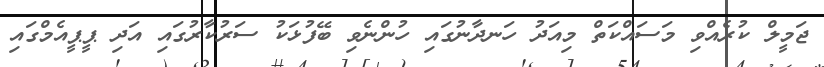
ޖަމީލް ކުރެއްވި މަސައްކަތް މިއަދު ހަނދާނުގައި ހުންނެވި ބޭފުޅަކު ސަރުކާރުގައި އަދި ޕީޕީއެމްގައި